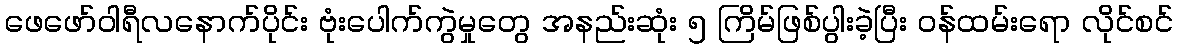
ဖေဖော်ဝါရီလနောက်ပိုင်း ဗုံးပေါက်ကွဲမှုတွေ အနည်းဆုံး ၅ ကြိမ်ဖြစ်ပွါးခဲ့ပြီး ဝန်ထမ်းရော လိုင်စင်